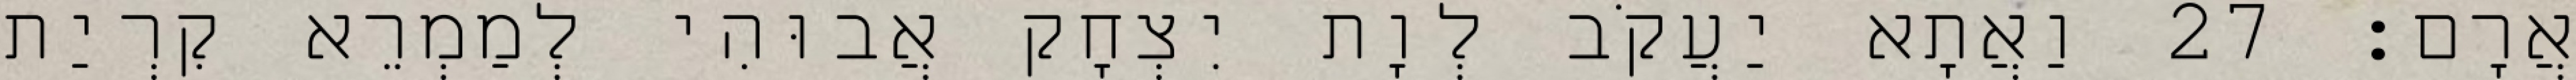
אֲרָם׃ 27 וַאֲתָא יַעֲקֹב לְוָת יִצְחָק אֲבוּהִי לְמַמְרֵא קִרְיַת